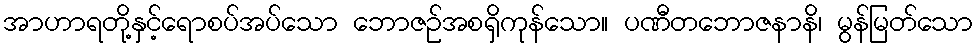
အာဟာရတို့နှင့်ရောစပ်အပ်သော ဘောဇဉ်အစရှိကုန်သော။ ပဏီတဘောဇနာနိ၊ မွန်မြတ်သော